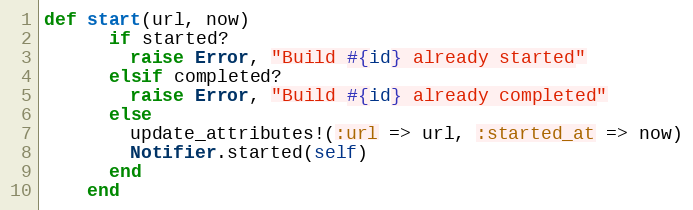
Language: Ruby
def start(url, now)
      if started?
        raise Error, "Build #{id} already started"
      elsif completed?
        raise Error, "Build #{id} already completed"
      else
        update_attributes!(:url => url, :started_at => now)
        Notifier.started(self)
      end
    end